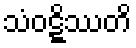
သံဝဋ္ဋိဿတိ